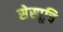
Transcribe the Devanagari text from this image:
सेस्पूचि